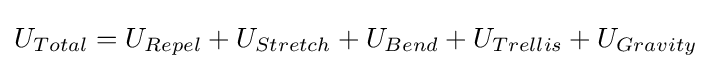
U_{Total}=U_{Repel}+U_{Stretch}+U_{Bend}+U_{Trellis}+U_{Gravity}